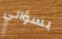
بسؤالي